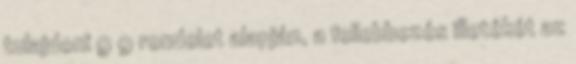
tulajdoni 9 9 rendelet alapján, a fellebbezés illetékét az